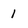
Character: 1